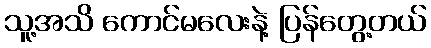
သူ့အသိ ကောင်မလေးနဲ့ ပြန်တွေ့တယ်